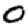
Digit: 0